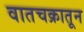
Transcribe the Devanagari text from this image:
वातचक्रातून